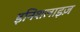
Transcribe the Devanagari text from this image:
इनिशलाइज़